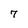
Character: 7